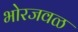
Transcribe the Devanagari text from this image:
भोरजवळ